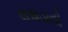
લથડાતો